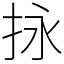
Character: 𢫕